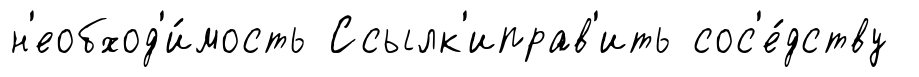
н'еобход'и́мость Ссылк'иправ'ить сос'е́дству